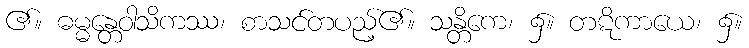
၏။ ဓမ္မန္တေဝါသိကဿ၊ စာသင်တပည့်၏။ သန္တိကေ၊ ၌။ တဋိကာယေ၊ ၌။